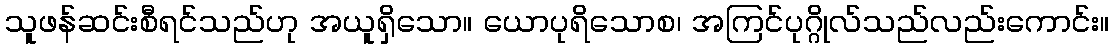
သူဖန်ဆင်းစီရင်သည်ဟု အယူရှိသော။ ယောပုရိသောစ၊ အကြင်ပုဂ္ဂိုလ်သည်လည်းကောင်း။